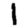
Digit: 1